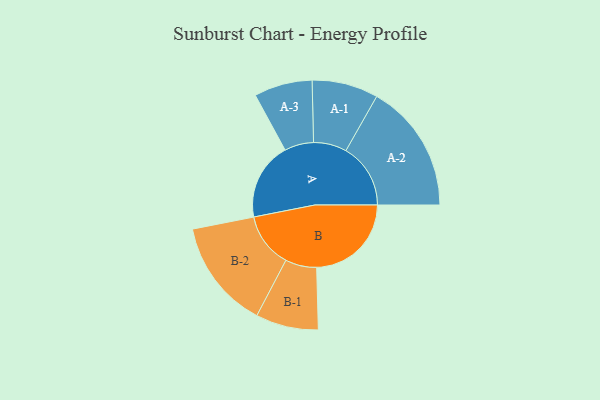
{"axis": {"x": "Segment", "y": "Value"}, "legend": ["", "A", "B"], "data": [{"x": "A", "y": 352, "type": ""}, {"x": "B", "y": 429, "type": ""}, {"x": "A-1", "y": 150, "type": "A"}, {"x": "A-2", "y": 293, "type": "A"}, {"x": "A-3", "y": 132, "type": "A"}, {"x": "B-1", "y": 142, "type": "B"}, {"x": "B-2", "y": 248, "type": "B"}]}